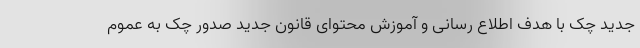
جدید چک با هدف اطلاع رسانی و آموزش محتوای قانون جدید صدور چک به عموم